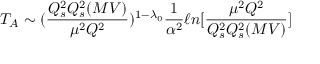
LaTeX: T _ { A } \sim ( { \frac { Q _ { s } ^ { 2 } Q _ { s } ^ { 2 } ( M V ) } { \mu ^ { 2 } Q ^ { 2 } } } ) ^ { 1 - \lambda _ { 0 } } { \frac { 1 } { \alpha ^ { 2 } } } \ell n [ { \frac { \mu ^ { 2 } Q ^ { 2 } } { Q _ { s } ^ { 2 } Q _ { s } ^ { 2 } ( M V ) } } ]